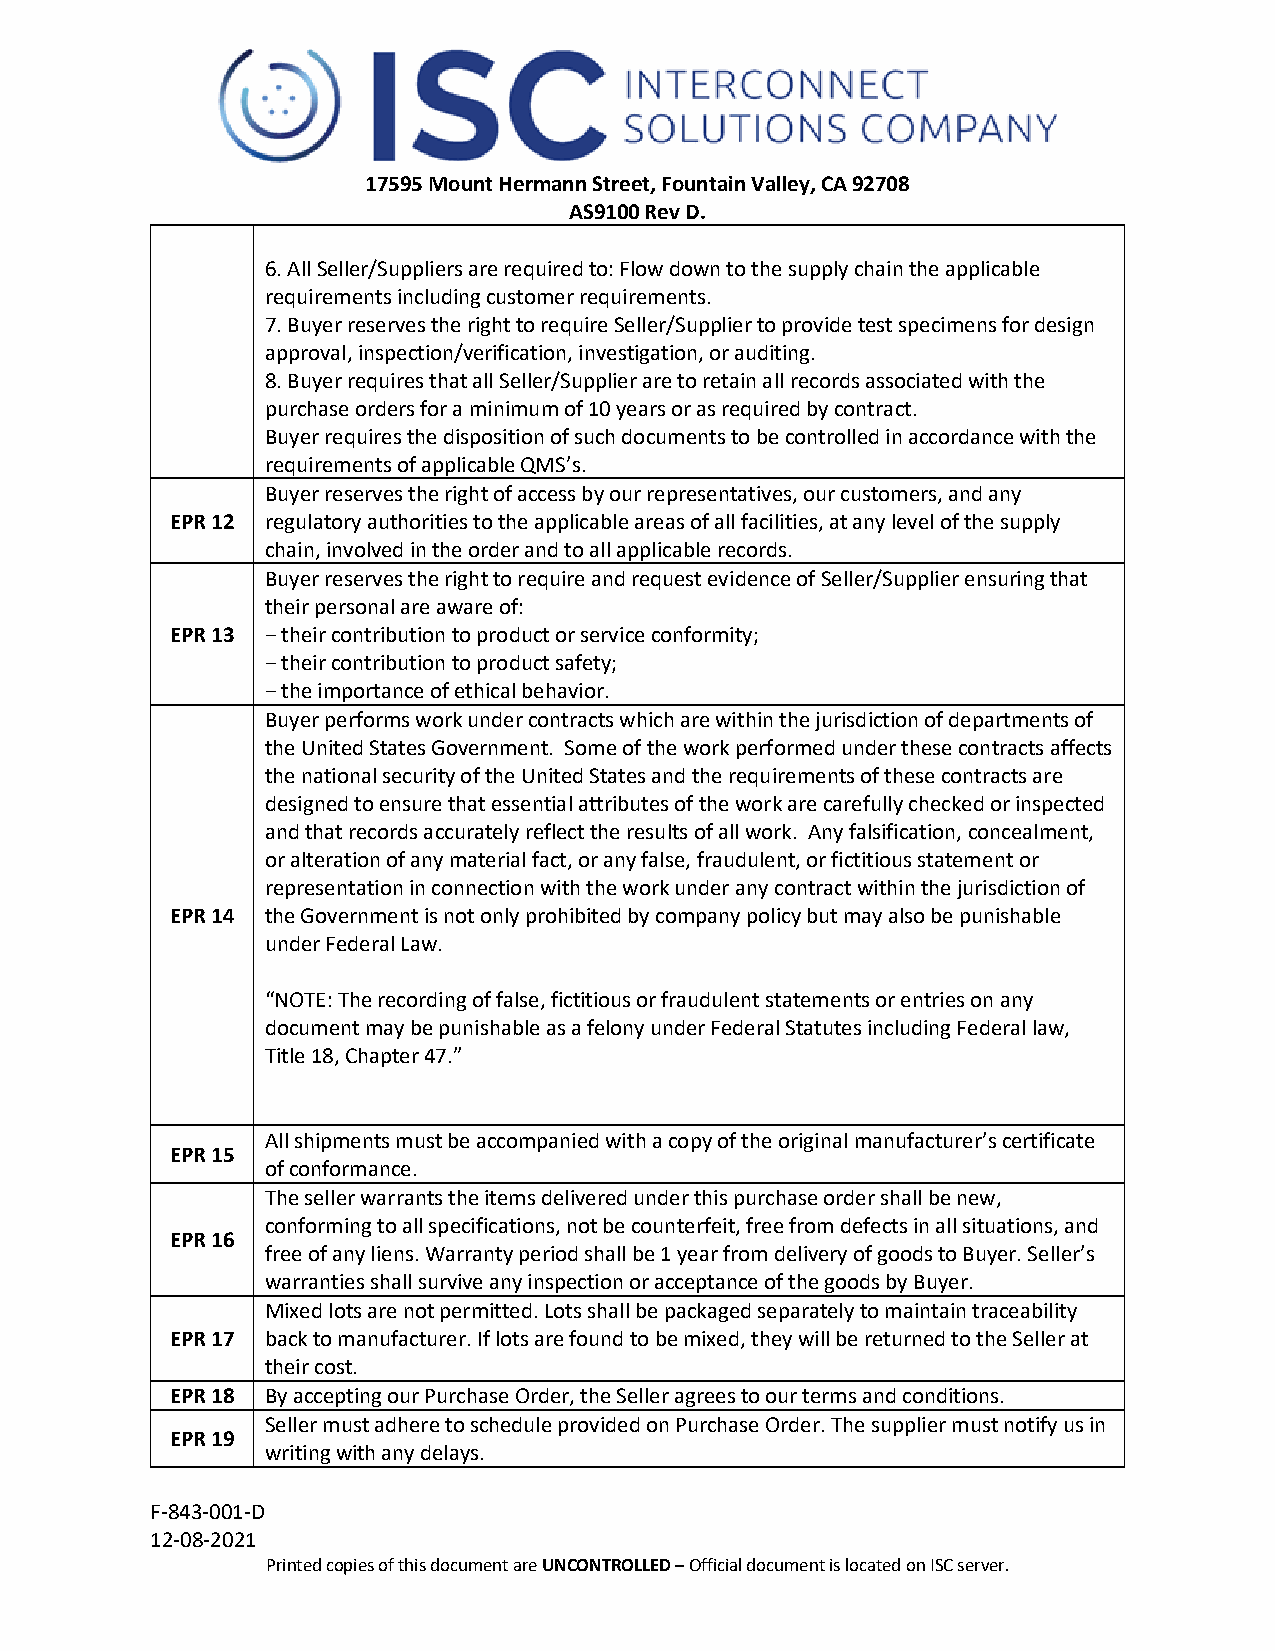
17595 Mount Hermann Street, Fountain Valley, CA 92708
 AS9100 Rev D.
 6. All Seller/Suppliers are required to: Flow down to the supply chain the applicable
 requirements including customer requirements.
 7. Buyer reserves the right to require Seller/Supplier to provide test specimens for design
 approval, inspection/verification, investigation, or auditing.
 8. Buyer requires that all Seller/Supplier are to retain all records associated with the
 purchase orders for a minimum of 10 years or as required by contract.
 Buyer requires the disposition of such documents to be controlled in accordance with the
 requirements of applicable QMS’s.
 Buyer reserves the right of access by our representatives, our customers, and any
 EPR 12 regulatory authorities to the applicable areas of all facilities, at any level of the supply
 chain, involved in the order and to all applicable records.
 Buyer reserves the right to require and request evidence of Seller/Supplier ensuring that
 their personal are aware of:
 EPR 13 − their contribution to product or service conformity;
 − their contribution to product safety;
 − the importance of ethical behavior.
 Buyer performs work under contracts which are within the jurisdiction of departments of
 the United States Government. Some of the work performed under these contracts affects
 the national security of the United States and the requirements of these contracts are
 designed to ensure that essential attributes of the work are carefully checked or inspected
 and that records accurately reflect the results of all work. Any falsification, concealment,
 or alteration of any material fact, or any false, fraudulent, or fictitious statement or
 representation in connection with the work under any contract within the jurisdiction of
 EPR 14 the Government is not only prohibited by company policy but may also be punishable
 under Federal Law.
 “NOTE: The recording of false, fictitious or fraudulent statements or entries on any
 document may be punishable as a felony under Federal Statutes including Federal law,
 Title 18, Chapter 47.”
 All shipments must be accompanied with a copy of the original manufacturer’s certificate
 EPR 15
 of conformance.
 The seller warrants the items delivered under this purchase order shall be new,
 conforming to all specifications, not be counterfeit, free from defects in all situations, and
 EPR 16
 free of any liens. Warranty period shall be 1 year from delivery of goods to Buyer. Seller’s
 warranties shall survive any inspection or acceptance of the goods by Buyer.
 Mixed lots are not permitted. Lots shall be packaged separately to maintain traceability
 EPR 17 back to manufacturer. If lots are found to be mixed, they will be returned to the Seller at
 their cost.
 EPR 18 By accepting our Purchase Order, the Seller agrees to our terms and conditions.
 Seller must adhere to schedule provided on Purchase Order. The supplier must notify us in
 EPR 19
 writing with any delays.
 F-843-001-D
 12-08-2021
 Printed copies of this document are UNCONTROLLED – Official document is located on ISC server.